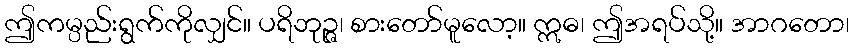
ဤကမ္ပည်းရွက်ကိုလျှင်။ ပရိဘုဉ္ဇ၊ စားတော်မူလော့။ ဣဓ၊ ဤအရပ်သို့။ အာဂတော၊